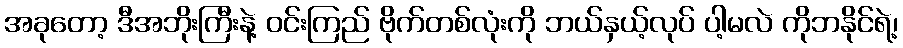
အခုတော့ ဒီအဘိုးကြီးနဲ့ ဝင်းကြည် ဗိုက်တစ်လုံးကို ဘယ်နှယ့်လုပ် ပါ့မလဲ ကိုဘနိုင်ရဲ့၊